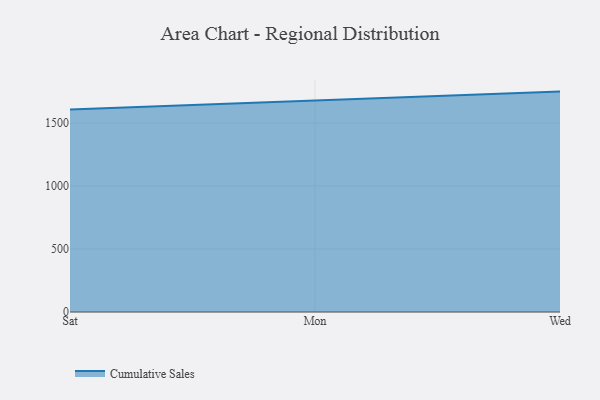
{"axis": {"x": "Day", "y": "Customer Acquisition Cost (USD)"}, "legend": ["Cumulative Sales"], "data": [{"x": "Sat", "y": 1608.7, "type": "Cumulative Sales"}, {"x": "Mon", "y": 1677.3, "type": "Cumulative Sales"}, {"x": "Wed", "y": 1750.1, "type": "Cumulative Sales"}]}